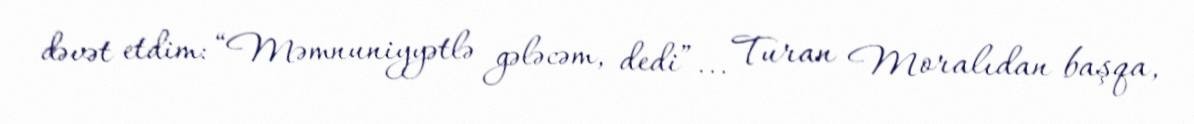
dəvət etdim: “Məmnuniyyətlə gələcəm, dedi”... Turan Moralıdan başqa,